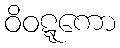
ဝိဝဋ္ဋကော